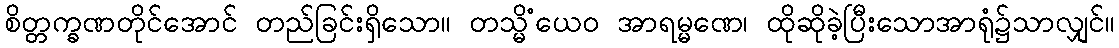
စိတ္တက္ခဏတိုင်အောင် တည်ခြင်းရှိသော။ တသ္မိံယေဝ အာရမ္မဏေ၊ ထိုဆိုခဲ့ပြီးသောအာရုံ၌သာလျှင်။